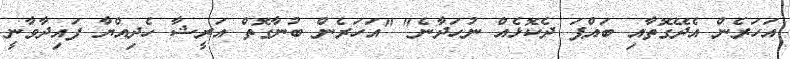
އަހަރެން އެދޭގޮތާއި ބައްޕަ ދެކޮޅެއް ނުހަދާނެ" "އަހަރެން ބުނާގޮތް އަރީޝާ ހެދިއްޔާ ފައިދާވާނީ